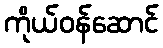
ကိုယ်ဝန်ဆောင်